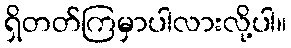
ရှိတတ်ကြမှာပါလားလို့ပါ။